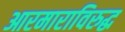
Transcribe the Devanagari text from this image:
आरमाराविरुद्ध